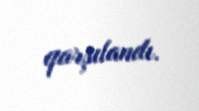
qarşılandı.